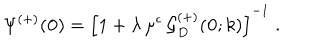
\Psi ^ { ( + ) } ( { \bf 0 } ) = \left[ 1 + \lambda \, \mu ^ { \epsilon } \, { \mathcal G } _ { { D } } ^ { ( + ) } ( { \bf 0 } ; k ) \right] ^ { - 1 } \; .